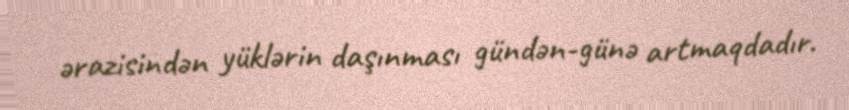
ərazisindən yüklərin daşınması gündən-günə artmaqdadır.